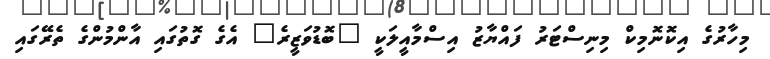
މިހާރުގެ އިކޮނޮމިކް މިނިސްޓަރު ފައްޔާޒު އިސްމާއީލަކީ "ބޮޑުވަޒީރެ" އެގެ ގޮތުގައި އާންމުންގެ ތެރޭގައި